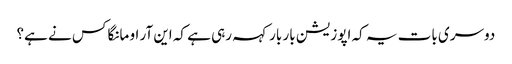
دوسری بات یہ کہ اپوزیشن بار بار کہہ رہی ہے کہ این آر او مانگا کس نے ہے؟